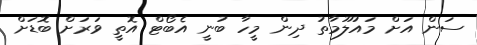
ސަން އަށް މައުލޫމާތު ދިން މީހާ ބުނީ އެބޯޓް އޮތީ ވަރަށް ބޮޑަށް